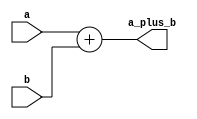

module adder(a, b, 
			a_plus_b);
	input wire[31:0] a, b;
	output wire[31:0] a_plus_b;

	assign a_plus_b = a + b;

endmodule // adder